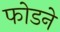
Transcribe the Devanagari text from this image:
फोडने